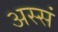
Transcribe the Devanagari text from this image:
अस्सं